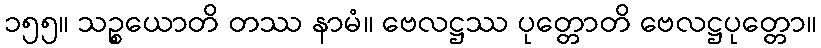
၁၅၅။ သဉ္စယောတိ တဿ နာမံ။ ဗေလဋ္ဌဿ ပုတ္တောတိ ဗေလဋ္ဌပုတ္တော။